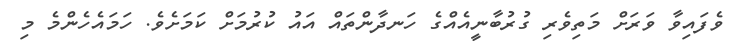
ވެފައިވާ ވަރަށް މަތިވެރި ގުރުބާނީއެއްގެ ހަނދާންތައް އައު ކުރުމަށް ކަމަށެވެ. ހަމައެހެންމެ މި